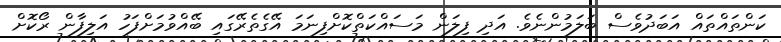
ކަންތައްތައް އަބަދުވެސް ބަލަމުންނެވެ. އަދި ފިލަން މަސައްކަތްކޮށްފިނަމަ އޭގެތެރޭގައި ބޭއްވުމަށްފަހު އަލިފާން ރޯކޮށް